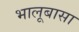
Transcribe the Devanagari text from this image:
भालूबासा